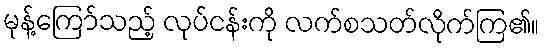
မုန့်ကြော်သည့် လုပ်ငန်းကို လက်စသတ်လိုက်ကြ၏။